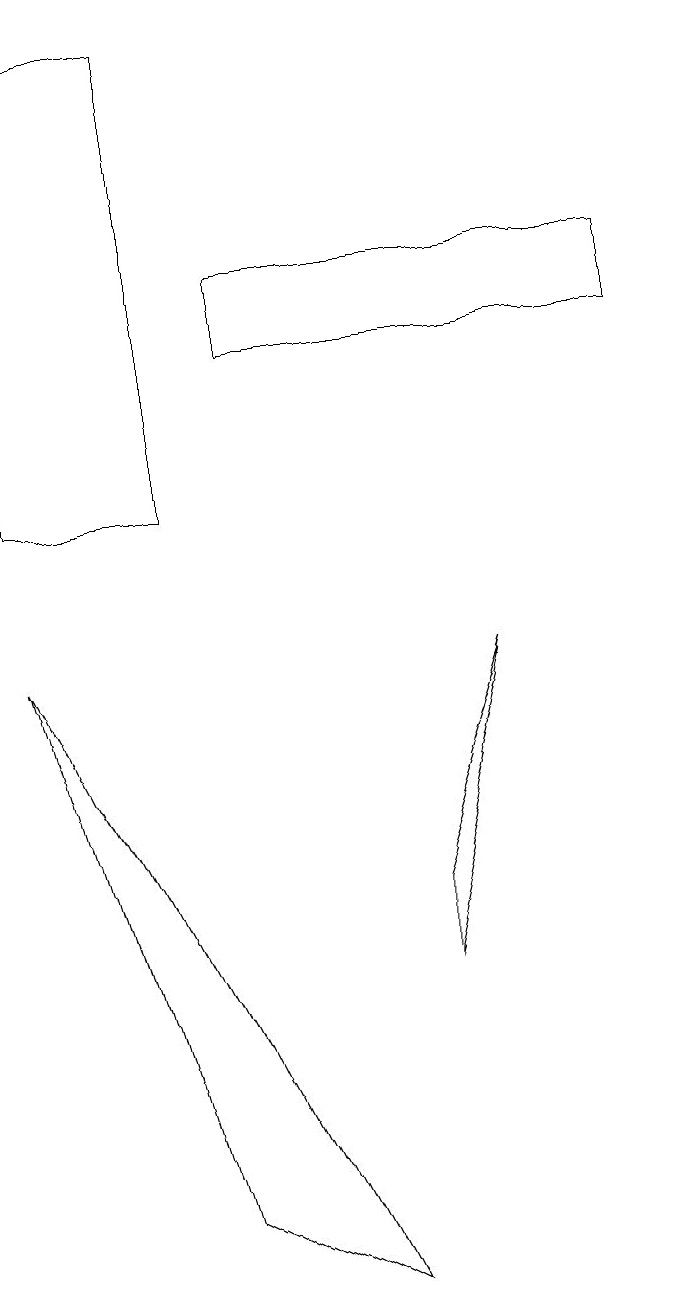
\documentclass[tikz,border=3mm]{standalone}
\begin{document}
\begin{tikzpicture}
\draw (3,16) rectangle (1,10);
\draw (4,12) rectangle (9,13);
\draw (7,8) -- (6,5) -- (6,4) -- cycle;
\draw (1,8) -- (3,1) -- (5,0) -- cycle;
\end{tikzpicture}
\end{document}